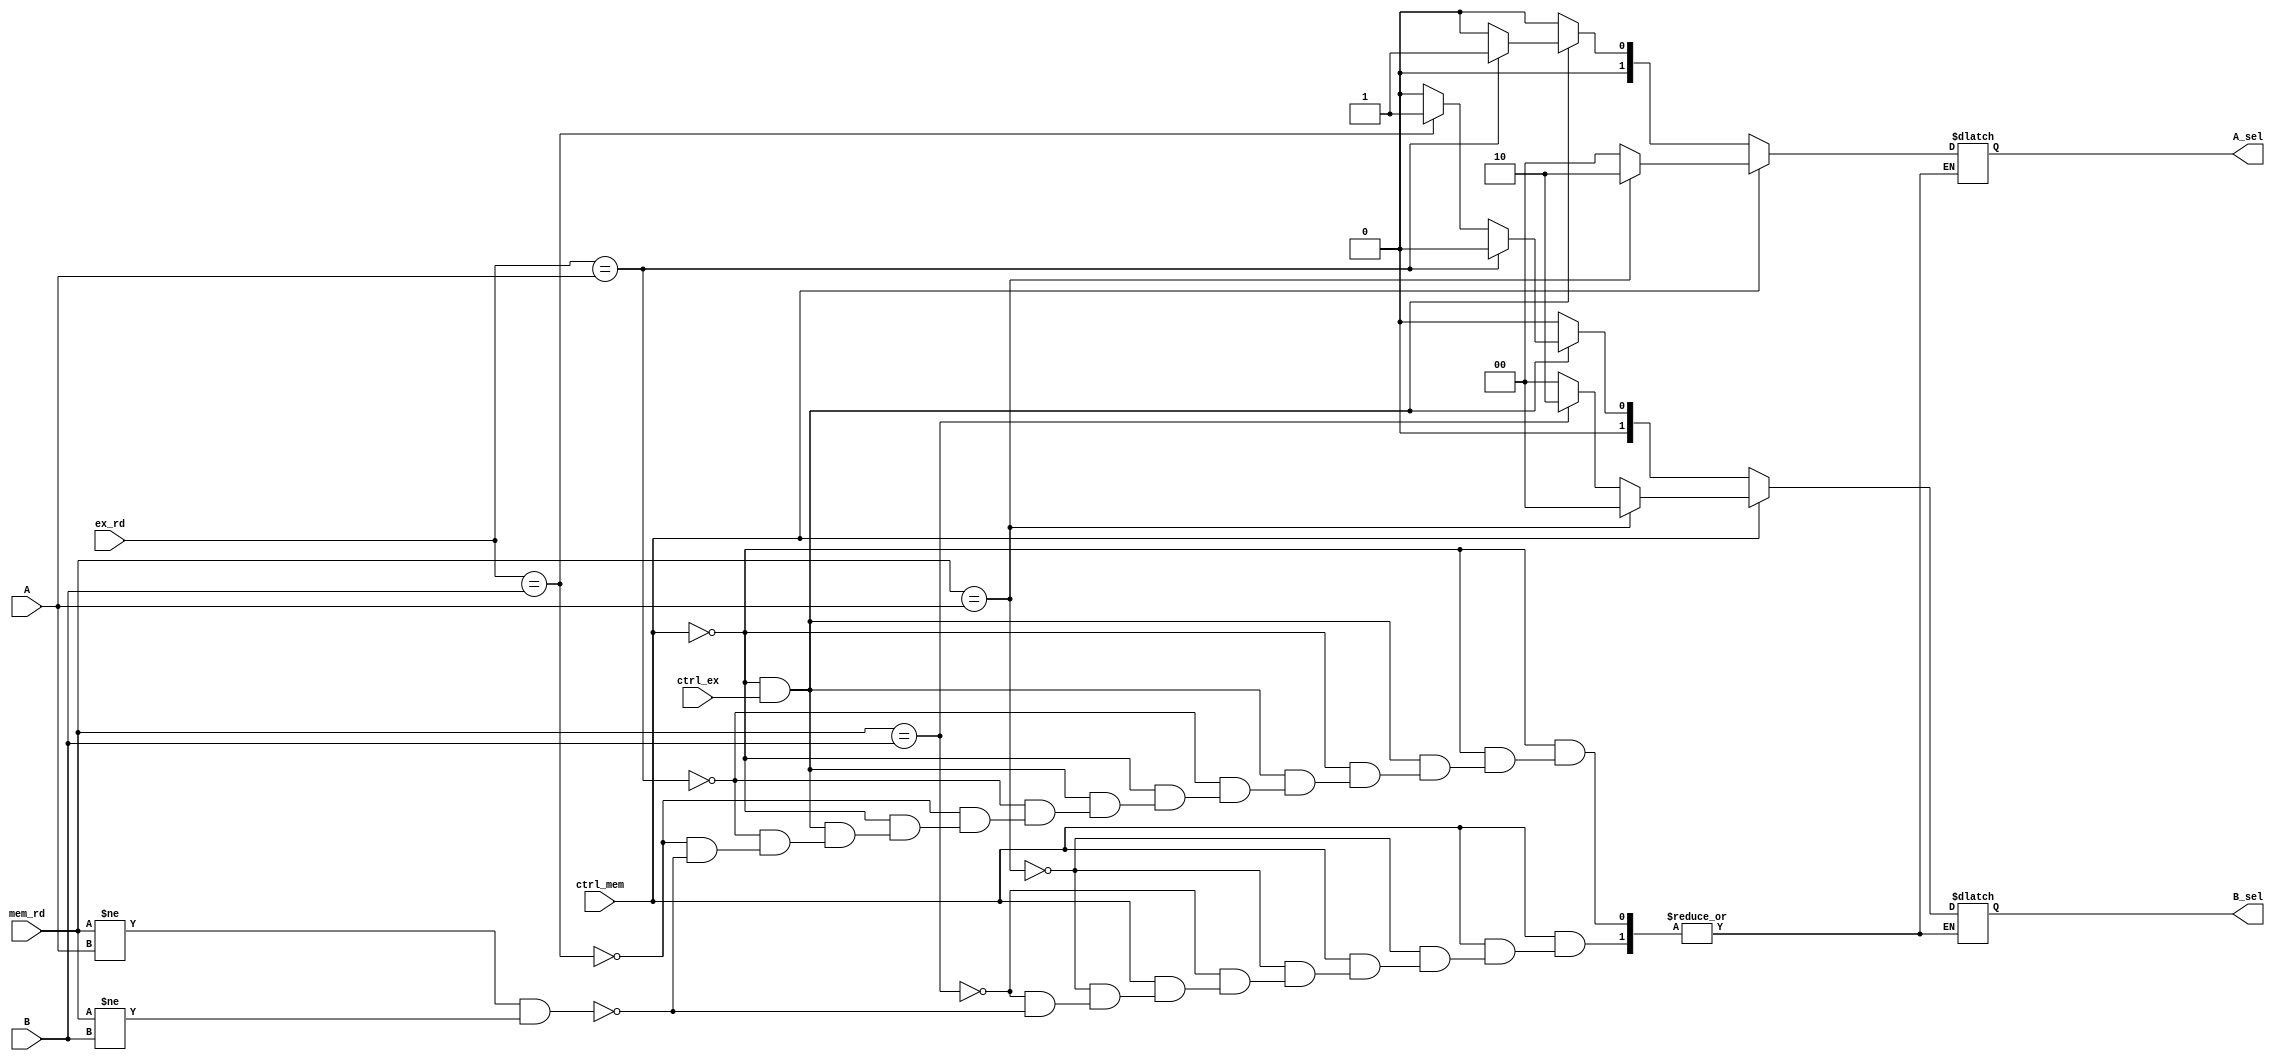
`timescale 1ns / 1ps

//
//////////////////////////////////////////////////////////////////////////////////
module forwarding(
	input wire [3:0] A, B,
	input wire [3:0] ex_rd, mem_rd,
	input wire ctrl_ex, ctrl_mem,
	output reg [1:0] A_sel, B_sel
    );
	
	localparam [1:0]	DATA = 2'b00,
							EX = 2'b01,
							MEM = 2'b10;
	
	always @ * begin
		if(ctrl_mem) begin
			if(mem_rd == A) begin
					A_sel = MEM;
					B_sel = DATA;
			end
			else if(mem_rd == B) begin
					A_sel = DATA;
					B_sel = MEM; 
			end
			else if (mem_rd != A && mem_rd != B) begin
				A_sel = DATA;
				B_sel = DATA;
			end
		end
		else if(~ctrl_mem && ctrl_ex) begin
			if(ex_rd == A) begin
					A_sel = EX;
					B_sel = DATA;
			end
			else if(ex_rd == B) begin
					A_sel = DATA;
					B_sel = EX; 
			end
			else if (mem_rd != A && mem_rd != B) begin
				A_sel = DATA;
				B_sel = DATA;
			end
		end
		else begin
				A_sel = DATA;
				B_sel = DATA;
		end
	end

endmodule